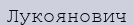
Лукоянович